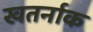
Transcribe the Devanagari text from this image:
खतर्नाक